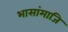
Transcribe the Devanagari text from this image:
भासांमाजि